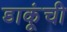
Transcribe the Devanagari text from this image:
डाकूंची